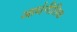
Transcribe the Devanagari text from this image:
आर्थनीतिक